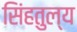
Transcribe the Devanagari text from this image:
सिंहतुल्य